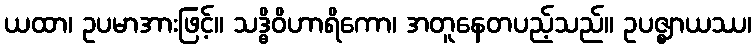
ယထာ၊ ဥပမာအားဖြင့်။ သဒ္ဓိဝိဟာရိကော၊ အတူနေတပည့်သည်။ ဥပဇ္ဈာယဿ၊